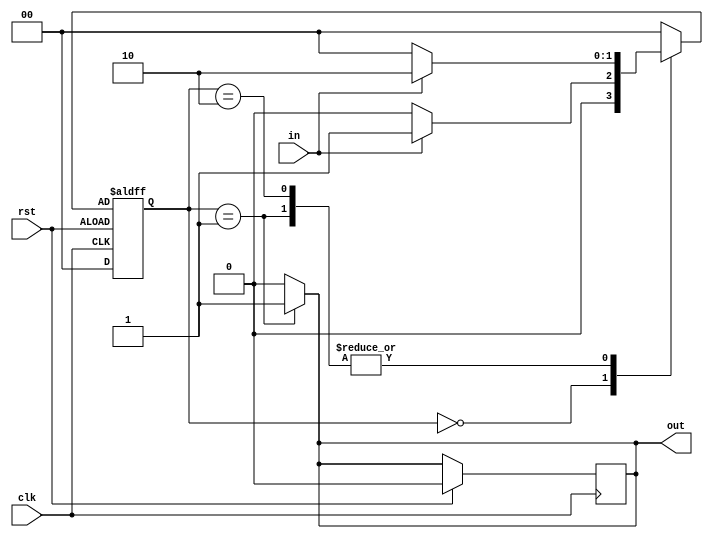
module fsm (
    input clk, rst, in,
    output reg out
);

    //DEFINICION DE ESTADOS
    parameter  S0 = 0;
    parameter  S1 = 1;
    parameter  S2 = 2;

    reg [1:0] state;
    reg [1:0] next_state;

    always @(posedge clk or negedge rst) begin
        if (rst) begin
            out <= 0;
            state <= S0;
        end else begin
            state <= next_state;
        end
    end 

    always @(*) begin
        case (state)
            S0: begin
                out = 0;
                next_state = in ? S1 : S0;
            end
            S1: begin
                out = 1;
                next_state = in ? S2 : S0;
            end
            S2: begin
                out = 0;
                next_state = in ? S2 : S0;
            end
            default: begin
                out = 0;
                next_state = S0;
            end
        endcase
    end
endmodule